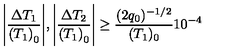
\Biggl | \frac { \Delta T _ { 1 } } { { ( T _ { 1 } ) } _ { 0 } } \Biggr | , \Biggl | \frac { \Delta T _ { 2 } } { { ( T _ { 1 } ) } _ { 0 } } \Biggr | \geq \frac { ( 2 q _ { 0 } ) ^ { - 1 / 2 } } { ( T _ { 1 } ) _ { 0 } } 1 0 ^ { - 4 }